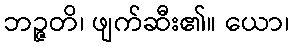
ဘဉ္ဇတိ၊ ဖျက်ဆီး၏။ ယော၊